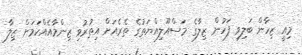
މިއީ ޒިހާން ބަލިވި ފަހުން ޒިލާގެ މަސްއޫލިއްޔަތުގެ ތެރެއަށް އިތުރުވި ޒިންމާއެއްކަމަށް ޒިލާ